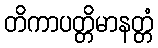
တိကာပတ္တိမာနတ္တံ